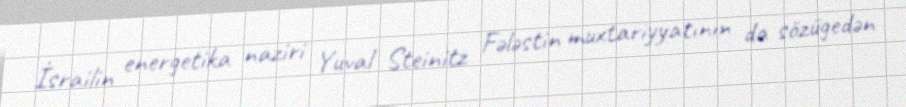
İsrailin energetika naziri Yuval Steinitz Fələstin muxtariyyatının da sözügedən